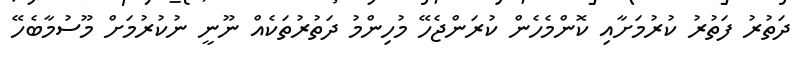
ދަތުރު ފަތުރު ކުރުމަށާއި ކޮންމެހެން ކުރަންޖެހޭ މުހިންމު ދަތުރުތަކެއް ނޫނީ ނުކުރުމަށް މޫސުމާބެހޭ